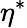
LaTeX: \eta^{*}